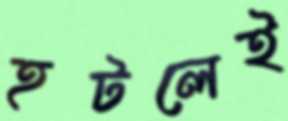
হটলেই